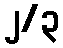
၂/၃